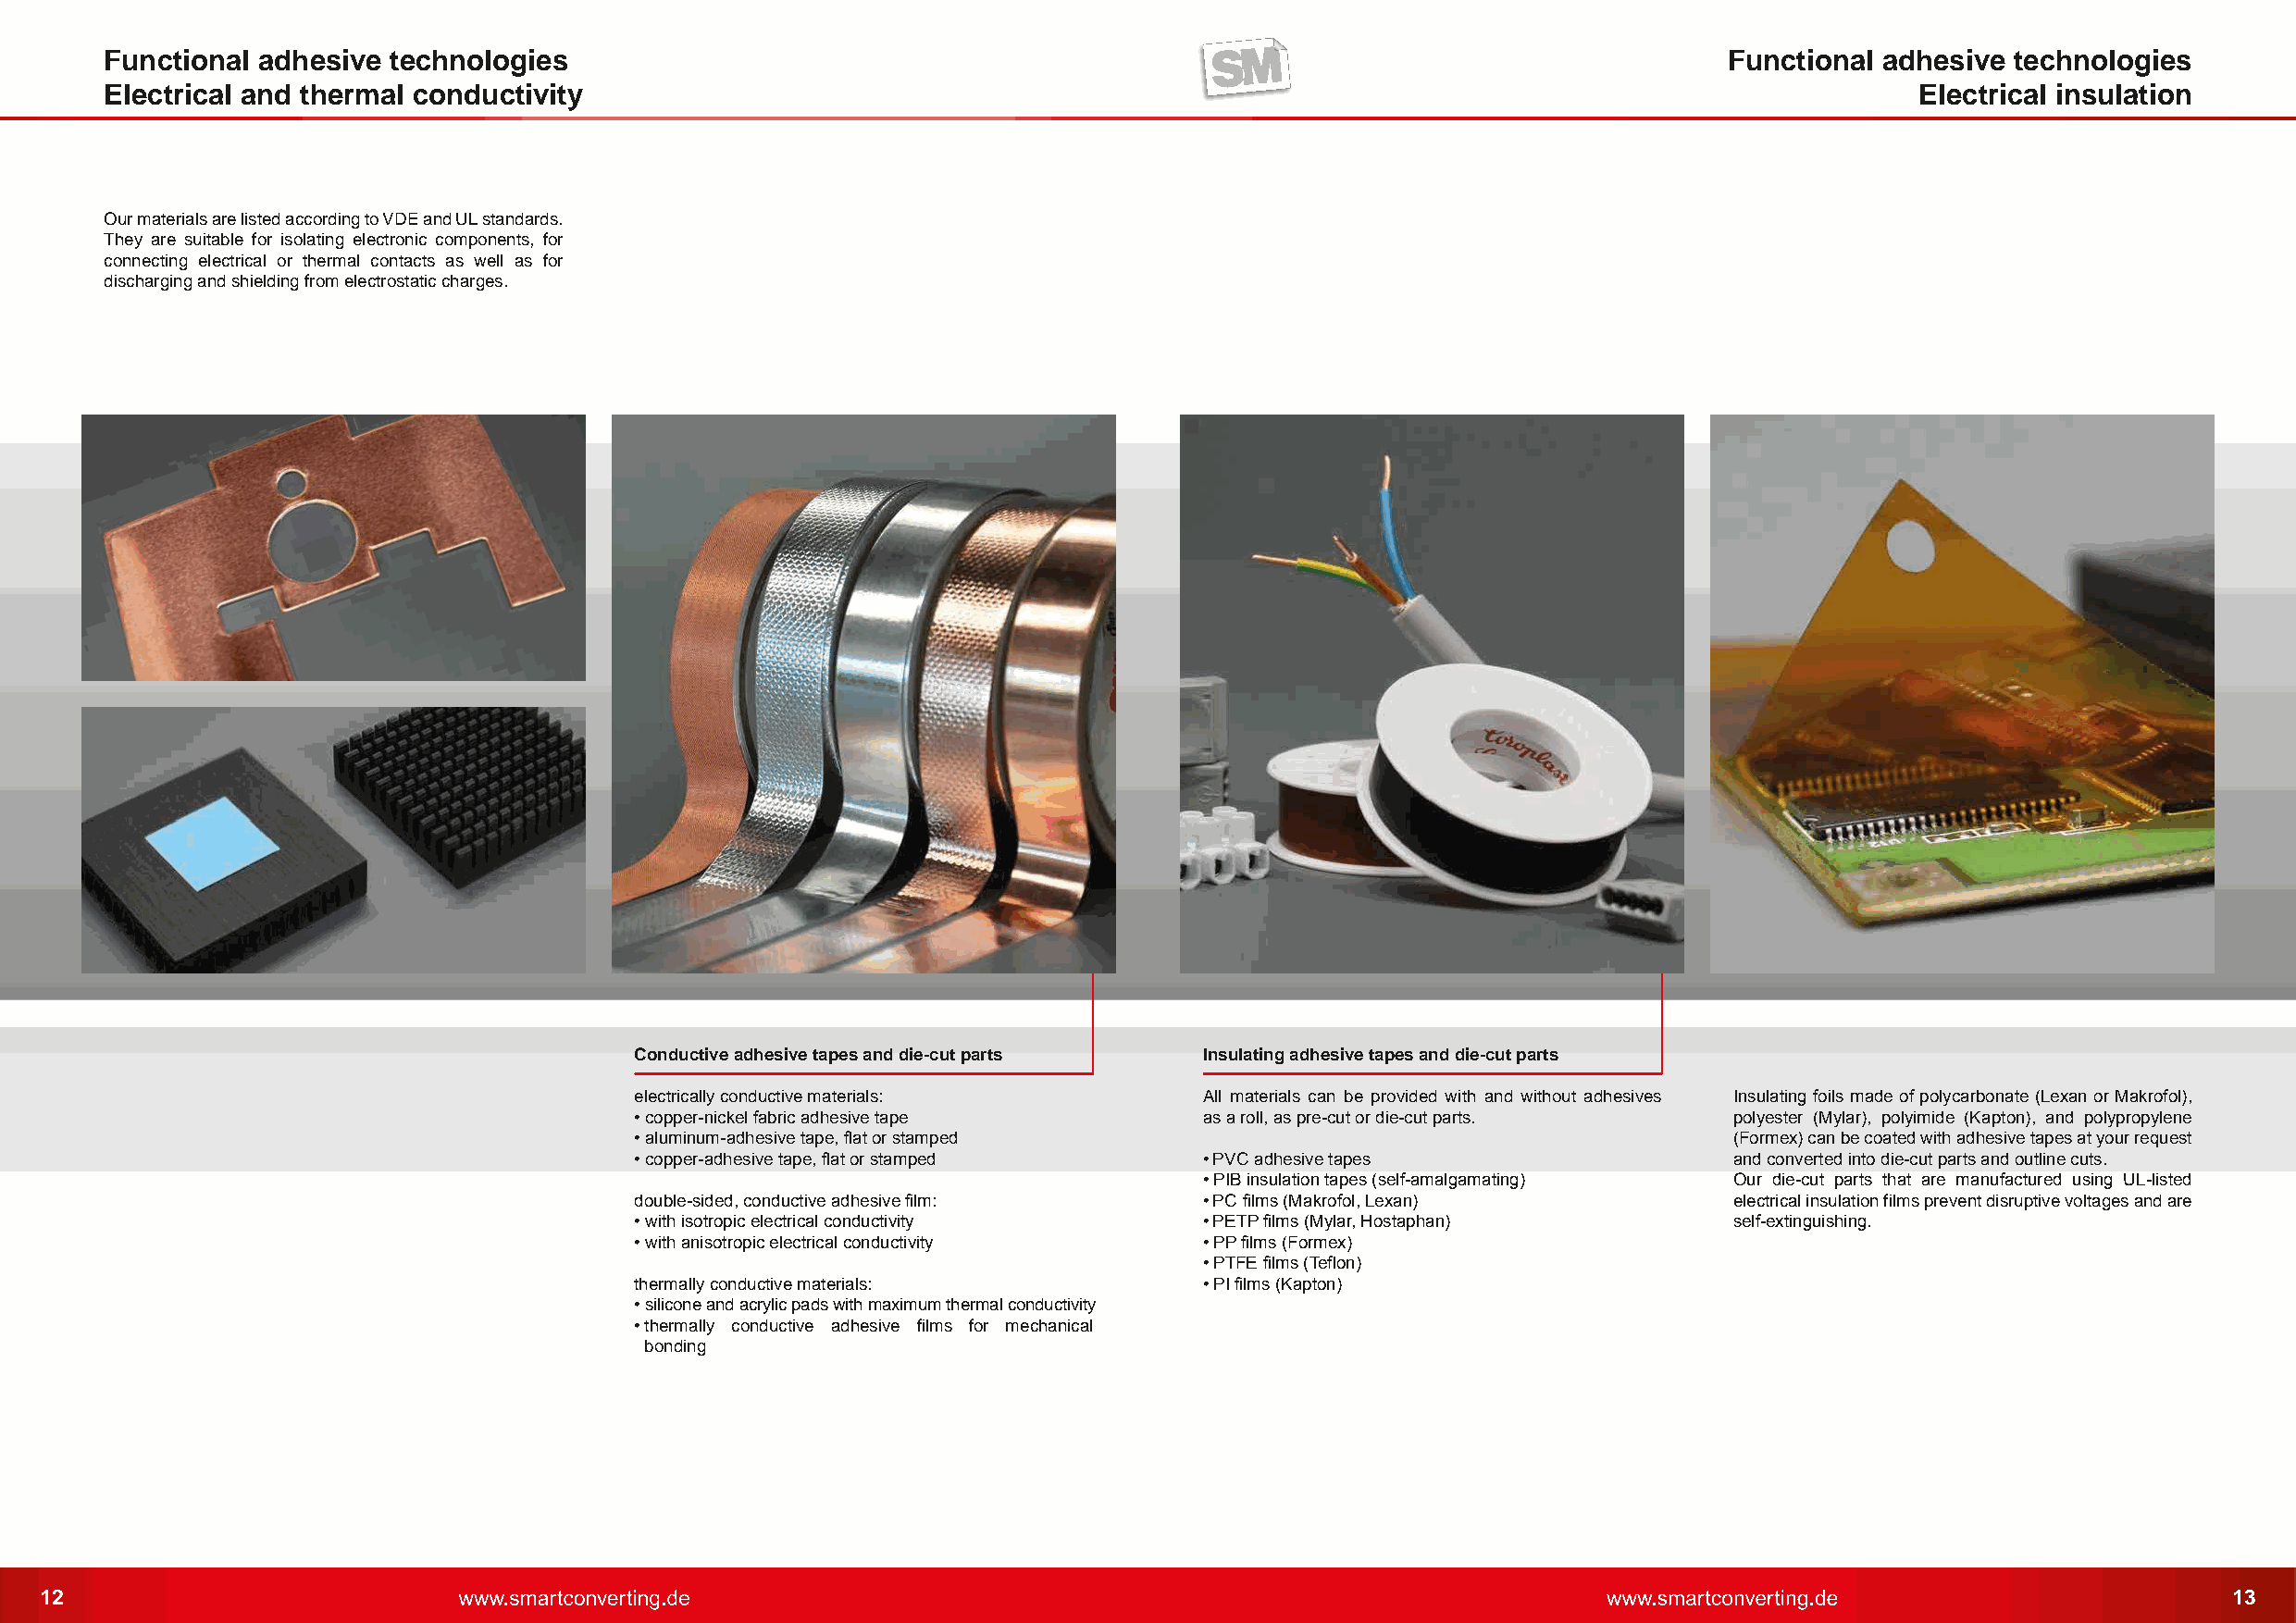
Functional adhesive  technologies                                                                                    Functional adhesive technologies
 Electrical and thermal conductivity                                                                                               Electrical insulation
 Our materials are listed according to VDE and UL standards.
 They are suitable for isolating electronic components, for
 connecting electrical or thermal contacts as well as for
 discharging and shielding from electrostatic charges.
 Conductive adhesive tapes and die-cut parts Insulating adhesive tapes and die-cut parts
 electrically conductive materials:       All materials can be provided with and without adhesives Insulating foils made of polycarbonate (Lexan or Makrofol),
 • copper-nickel fabric adhesive tape     as a roll, as pre-cut or die-cut parts. polyester (Mylar), polyimide (Kapton), and polypropylene
 • aluminum-adhesive tape, flat or stamped                                      (Formex) can be coated with adhesive tapes at your request
 • copper-adhesive tape, flat or stamped  • PVC adhesive tapes                  and converted into die-cut parts and outline cuts.
 • PIB insulation tapes (self-amalgamating) Our die-cut parts that are manufactured using UL-listed
 double-sided, conductive adhesive film:  • PC films (Makrofol, Lexan)          electrical insulation films prevent disruptive voltages and are
 • with isotropic electrical conductivity • PETP films (Mylar, Hostaphan)       self-extinguishing.
 • with anisotropic electrical conductivity • PP films (Formex)
 • PTFE films (Teflon)
 thermally conductive materials:          • PI films (Kapton)
 • silicone and acrylic pads with maximum thermal conductivity
 •thermally conductive adhesive films for mechanical
 bonding
 12                                                                                                                                                           13